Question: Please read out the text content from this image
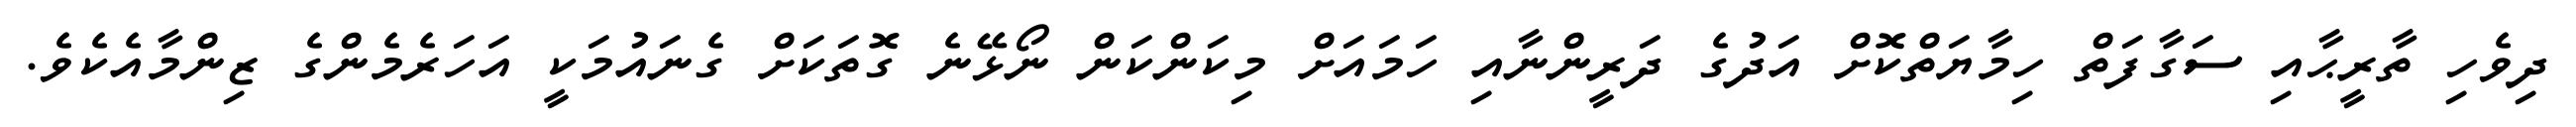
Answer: ދިވެހި ތާރީޙާއި ސަގާފަތް ހިމާޔަތްކޮށް އަދުގެ ދަރީންނާއި ހަމައަށް މިކަންކަން ނޯޅޭނެ ގޮތަކަށް ގެނައުމަކީ އަހަރެމެންގެ ޒިންމާއެކެވެ.